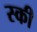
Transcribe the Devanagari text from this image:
स्‍की